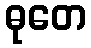
ဓုတေ